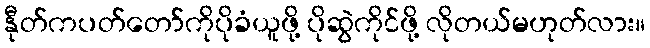
နီုတ်ကပတ်တော်ကိုပိုခံယူဖို့ ပိုဆွဲကိုင်ဖို့ လိုတယ်မဟုတ်လား။